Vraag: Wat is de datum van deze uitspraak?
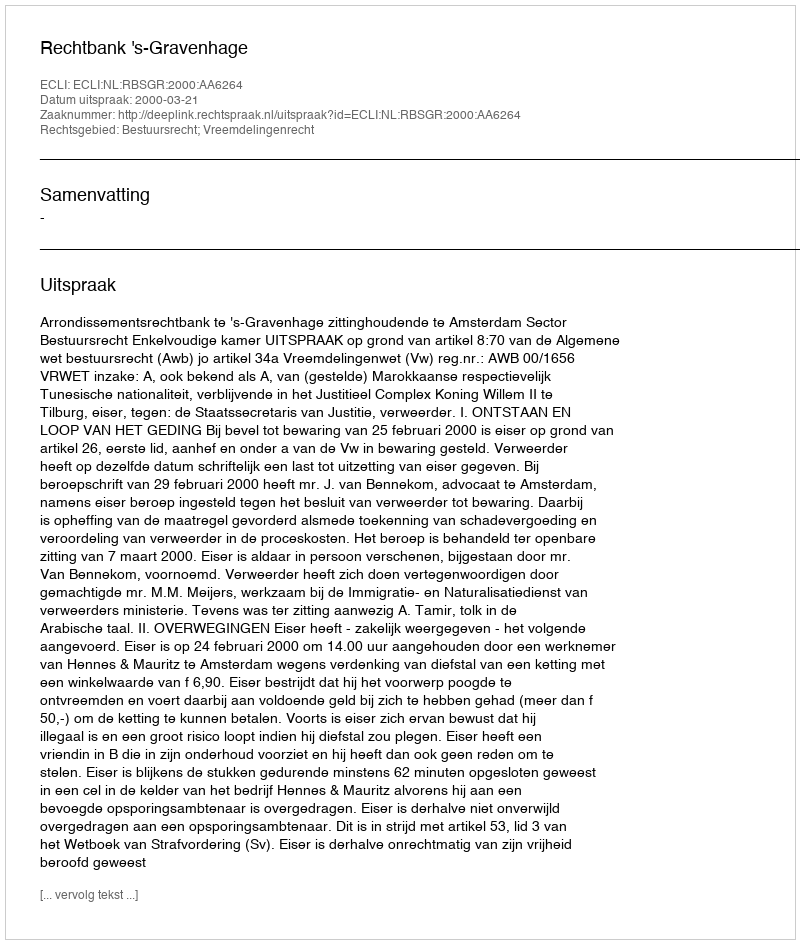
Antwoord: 2000-03-21